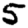
Digit: 5